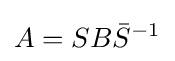
A=SB{\bar {S}}^{-1}